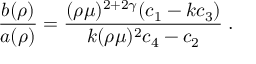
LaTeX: \left. \frac { b ( \rho ) } { a ( \rho ) } = \frac { ( \rho \mu ) ^ { 2 + 2 \gamma } ( c _ { 1 } - k c _ { 3 } ) } { k ( \rho \mu ) ^ { 2 } c _ { 4 } - c _ { 2 } } \right. .